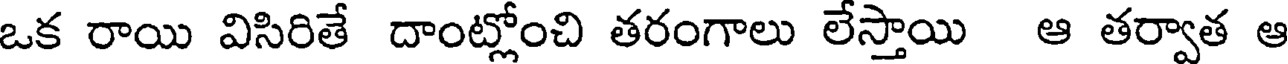
ఒక రాయి విసిరితే దాంట్లోంచి తరంగాలు లేస్తాయి ఆ తర్వాత ఆ